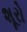
શૂરો